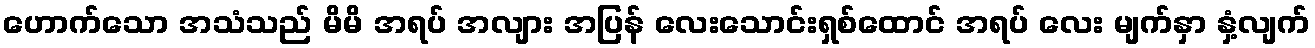
ဟောက်သော အသံသည် မိမိ အရပ် အလျား အပြန် လေးသောင်းရှစ်ထောင် အရပ် လေး မျက်နှာ နှံ့လျက်